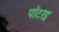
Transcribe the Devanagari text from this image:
पॉटरइ